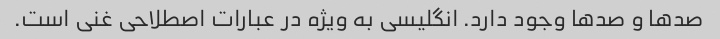
صدها و صدها وجود دارد. انگلیسی به ویژه در عبارات اصطلاحی غنی است.